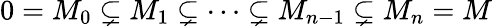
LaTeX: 0=M_{0}\subsetneq M_{1}\subsetneq\cdots\subsetneq M_{n-1}\subsetneq M_{n}=M